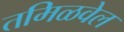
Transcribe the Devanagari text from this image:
तमिळवेल